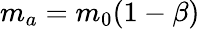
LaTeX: m_{a}=m_{0}(1-\beta)